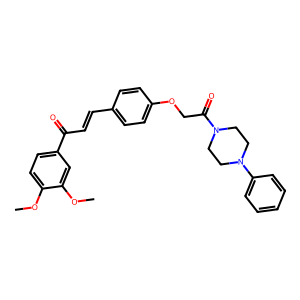
SMILES: COc1ccc(C(=O)C=Cc2ccc(OCC(=O)N3CCN(c4ccccc4)CC3)cc2)cc1OC
Inhibits HIV replication: No